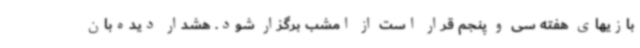
بازیهای هفته سی و پنجم قرار است از امشب برگزار شود. هشدار دیده‌بان